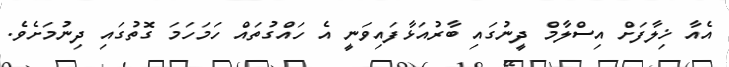
އެއާ ޚިލާފަށް އިސްލާމް ދީނުގައި ބާރުއަޅާފައިވަނީ އެ ހައްގުތައް ހަމަހަމަ ގޮތުގައި ދިނުމަށެވެ.